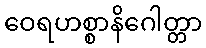
ဝေရဟစ္စာနိဂေါတ္တာ